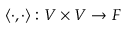
\langle \cdot , \cdot \rangle : V \times V \rightarrow F